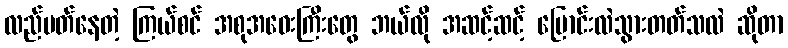
လည်ပတ်နေတဲ့ ကြယ်စင် အစုအဝေးကြီးတွေ ဘယ်လို အဆင့်ဆင့် ပြောင်းလဲသွားတတ်သလဲ ဆိုတာ